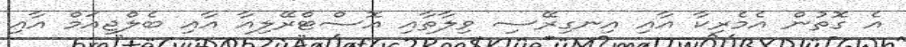
އެ ގޮތުން އެމެރިކާ އާއި އިނގިރޭސި ވިލާތާއި އޮސްޓްރޭލިއާ އާއި ބެލްޖިއަމް އާއި